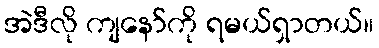
အဲဒီလို ကျနော်ကို ရမယ်ရှာတယ်။